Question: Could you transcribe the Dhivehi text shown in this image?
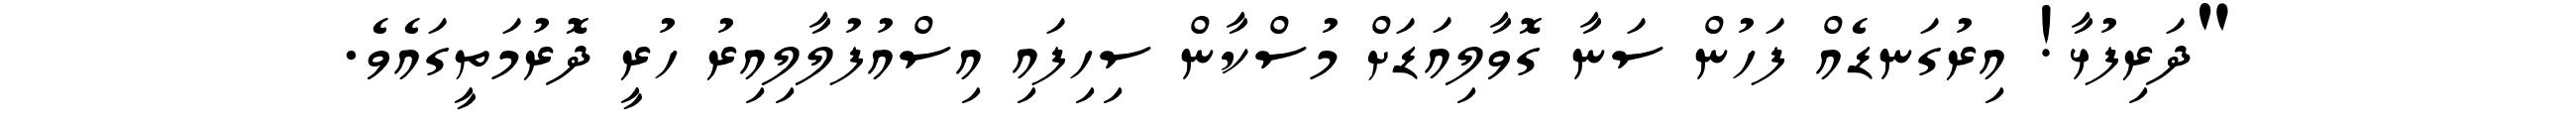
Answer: "ދަރިފުޅާ! އިރުގަނޑެއް ފަހުން ސަނާ ގޮވާލިއަޑަށް މުސްކާން ސިހިފައި އިސްއުފުލާލިއިރު ހުރީ ދޮރުމަތީގައެވެ.